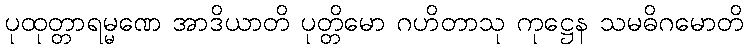
ပုထုတ္တာရမ္မဏေ အာဒိယာတိ ပုတ္တိမော ဂဟိတာသု ကုဋ္ဌေန သမဓိဂမောတိ